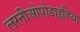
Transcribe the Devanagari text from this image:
लरनीओपोडाइडिया